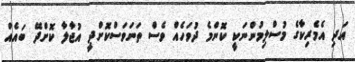
އަދި އެމެރިކާގެ މުސްލިމުންނަކީ ކޮންމެ ދުވަހެއް ވެސް ތަނަވަސްކޮށްދީ އުޖާލާ ކޮށްދޭ ބައެއް